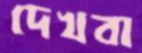
দেখবা